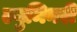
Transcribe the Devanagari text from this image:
ल्युमिनरी